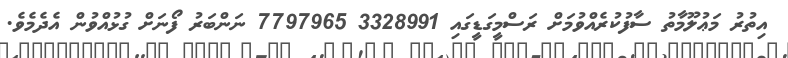
އިތުރު މަޢުލޫމާތު ސާފުކުރެއްވުމަށް ރަސްމީގަޑީގައި 3328991 7797965 ނަންބަރު ފޯނަށް ގުޅުއްވުން އެދެމެވެ.